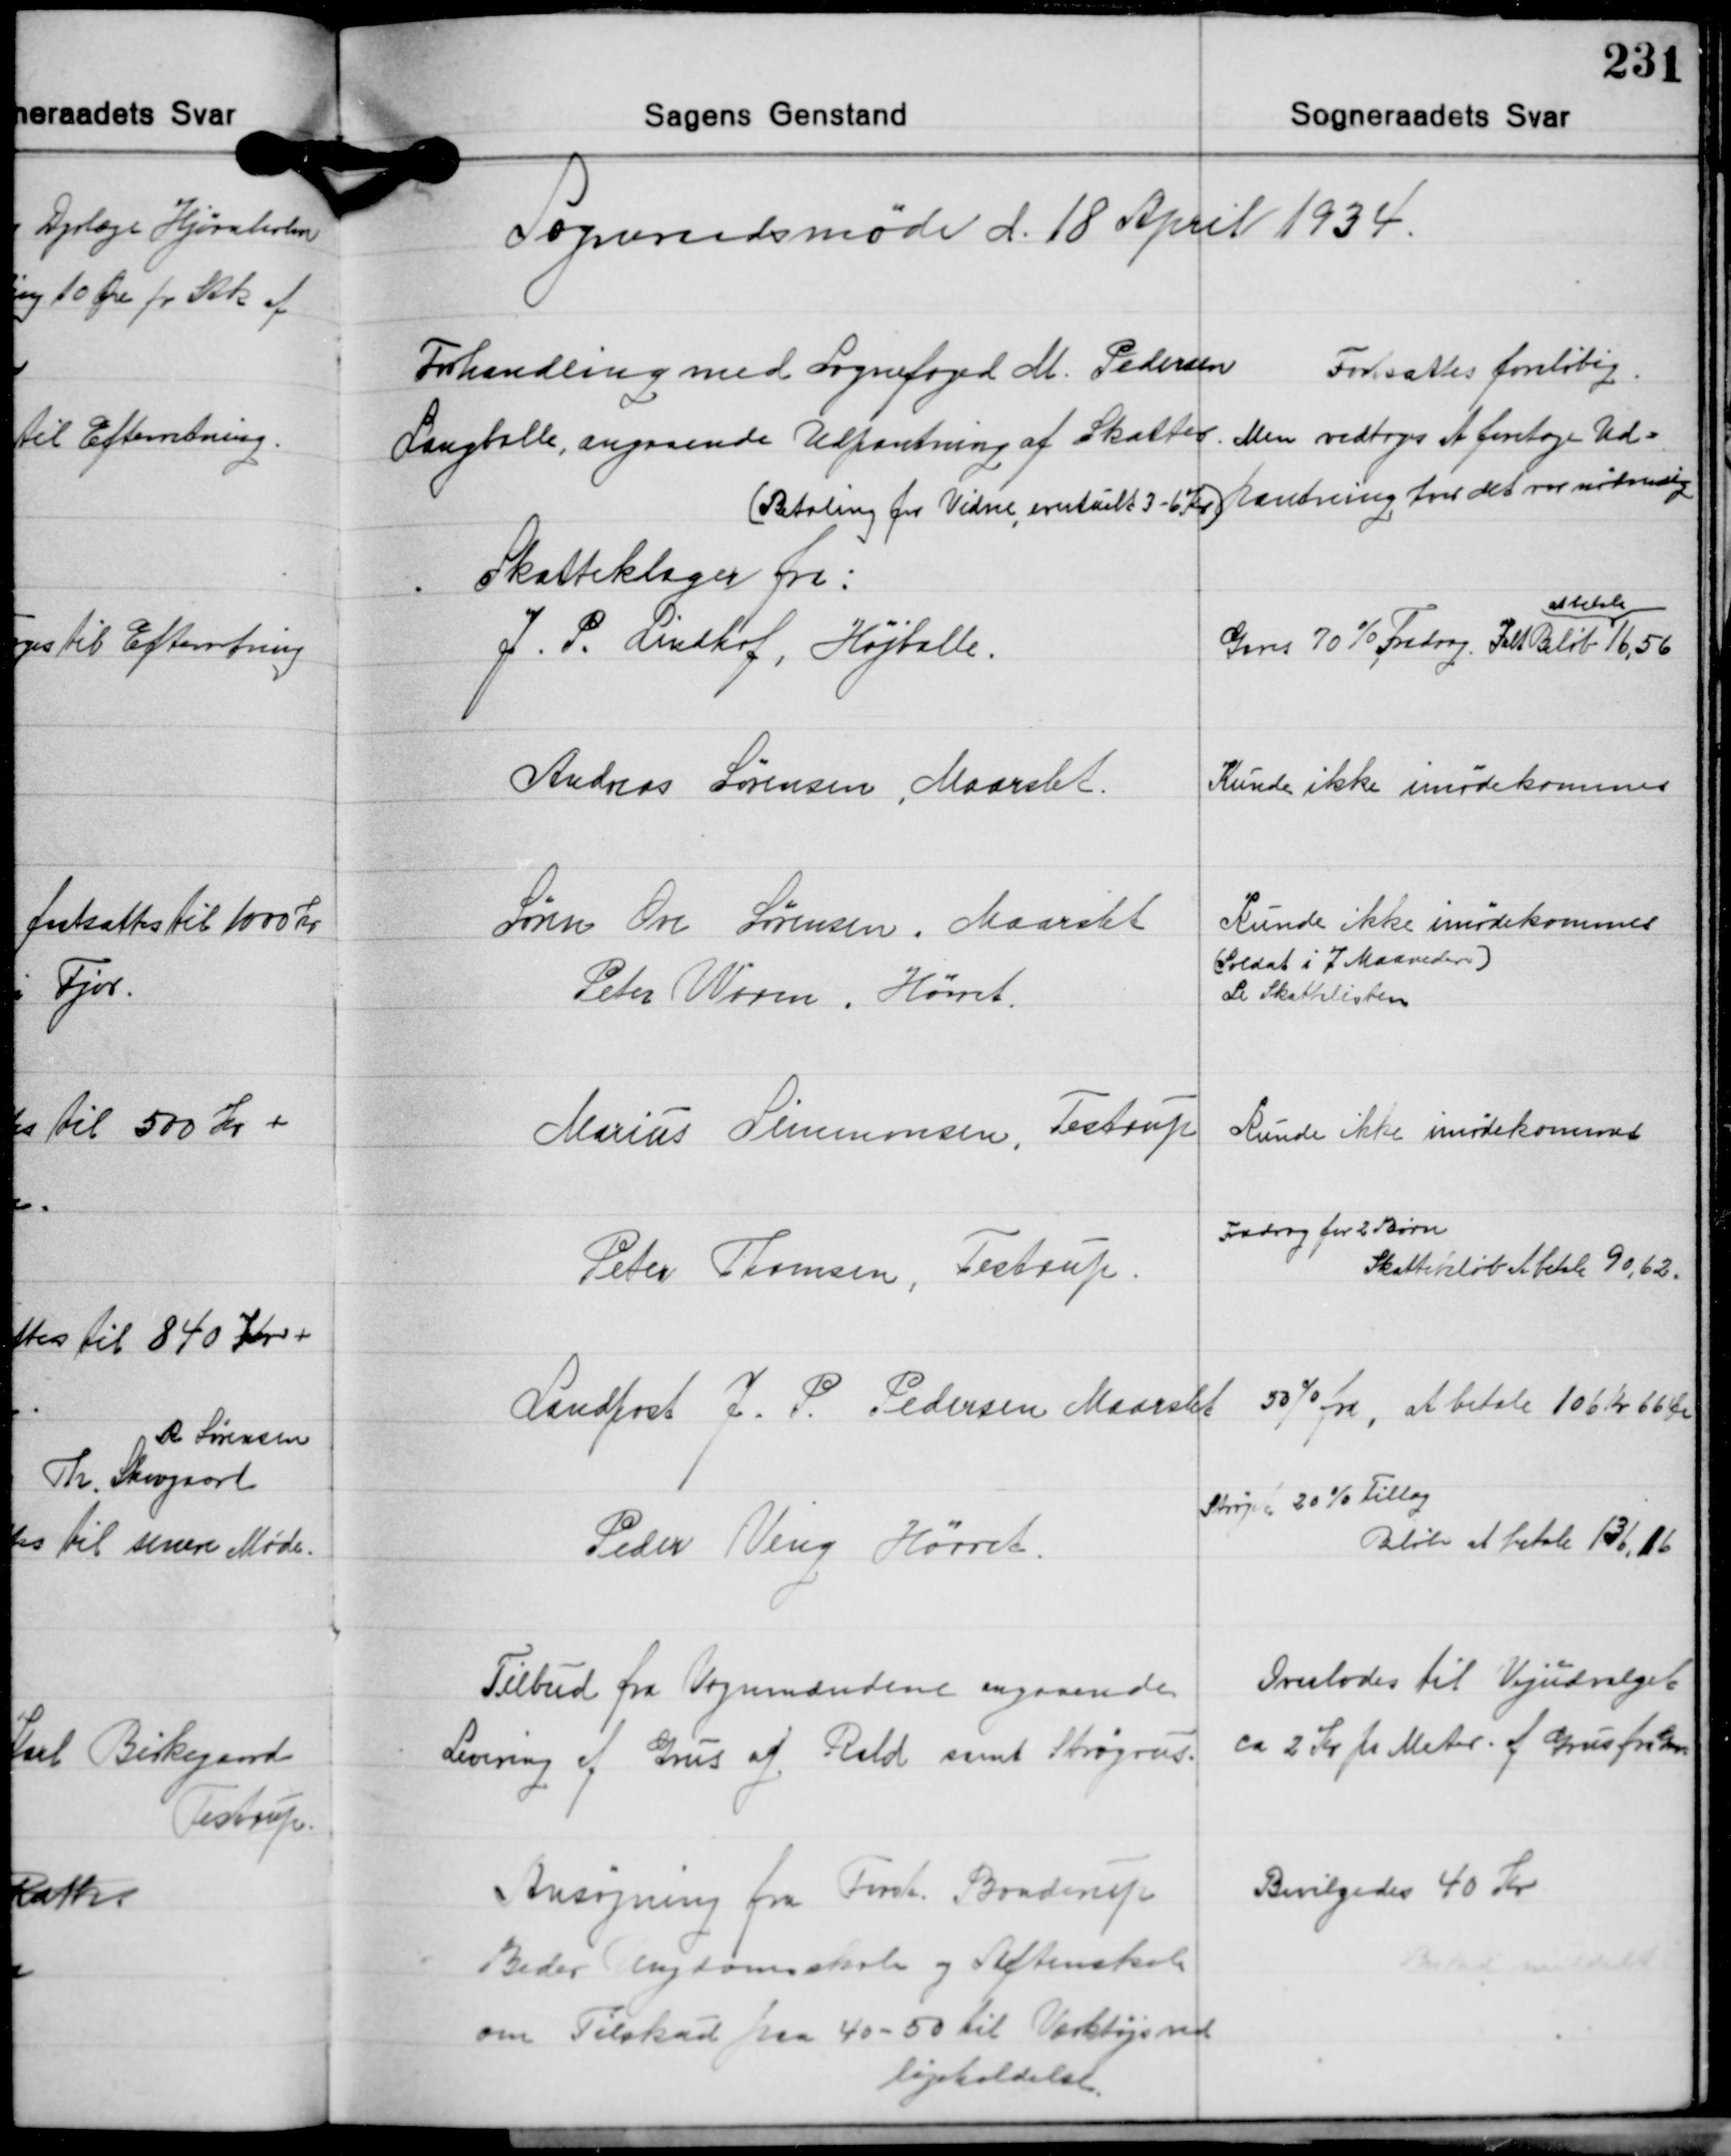
Transskription:
Sogneraadsmøde d. 18 April 1934.

Forhandling med Sognefoged M. Pedersen
Langballe, angaaende Udpantning af Skatter.
(Betaling for Vidne evetult 3-6 Kr.)

Fortsættes foreløbig.
Men vedtoges at foretage Ud-
pantning hvor det var nødvendig.

Skatteklager fra:
J. P. Lindhof, Højballe.

at betale
Gaves 70% Fradrag. Ialt Beløb 16,56

Andreas Sørensen, Maarslet.

Kunde ikke imødekommes

Søren Ove Sørensen, Maarslet
Peter Worm, Hørret.

Kunde ikke imødekommes
(Soldat i 7 Maaneder)
Se Skattelisten

Marius Simmonsen, Testrup

Kunde ikke imødekommes

Peter Thomsen, Testrup.

Fradrag for 2 Børn
Skattebeløb at betale 90,62.

Landpost J. P. Pedersen Maarslet

50% fra, at betale 106 Kr. 66 Øre

Peder Veng Hørret.

Strøget 20% Tillæg
Beløb at betale 136,16

Tilbud fra Vognmændene angaaende
Levering af Grus af Rald samt Strøgrus.

Overlodes til Vejudvalget
ca. 2 Kr. pr. Meter af Grus fra Grav

Ansøgning fra Forst. Braderup
Beder ungdomsskole og Aftenskole
om Tilskud paa 40-50 til Værktøjsved-
ligeholdelse.

Bevilgedes 40 Kr.